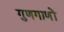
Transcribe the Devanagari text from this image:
गुणगाणों